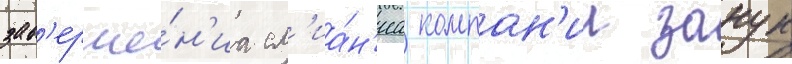
зав'ерше́н'иа сл'иа́н'иа компан'ии занук